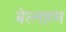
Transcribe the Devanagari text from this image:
बेत्लहम